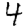
Digit: 4